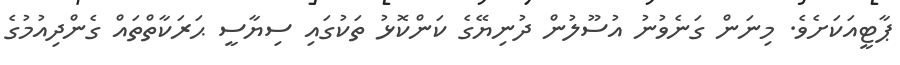
ޕާޓީއަކަށެވެ. މިނަން ގަނެވުނު އުސޫލުން ދުނިޔޭގެ ކަންކޮޅު ތަކުގައި ސިޔާސީ ޙަރަކާތްތައް ގެންދިއުމުގެ